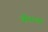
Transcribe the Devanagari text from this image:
बीताया